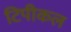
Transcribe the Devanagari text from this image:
टिपीकल